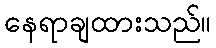
နေရာချထားသည်။